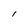
Character: l